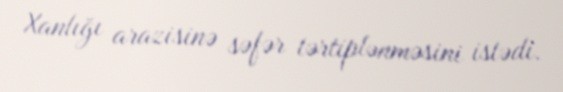
Xanlığı arazisinə səfər tərtiplənməsini istədi.